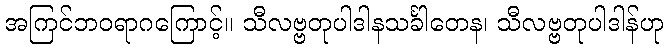
အကြင်ဘဝရာဂကြောင့်။ သီလဗ္ဗတုပါဒါနသင်္ခါတေန၊ သီလဗ္ဗတုပါဒါန်ဟု